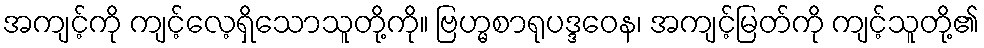
အကျင့်ကို ကျင့်လေ့ရှိသောသူတို့ကို။ ဗြဟ္မစာရုပဒ္ဒဝေန၊ အကျင့်မြတ်ကို ကျင့်သူတို့၏